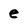
Character: e